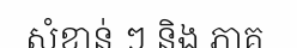
សំខាន់ ៗ និង ភាគ